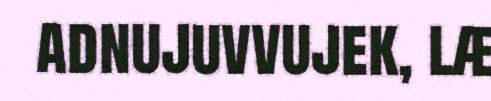
adnujuvvujek, læ